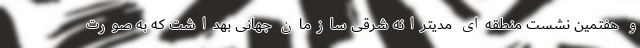
و هفتمین نشست منطقه‌ای مدیترانه شرقی سازمان جهانی بهداشت که به صورت